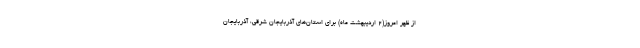
از ظهر امروز(۲ اردیبهشت ماه) برای استان‌های آذربایجان شرقی، آذربایجان